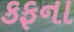
કફના